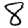
Digit: 8